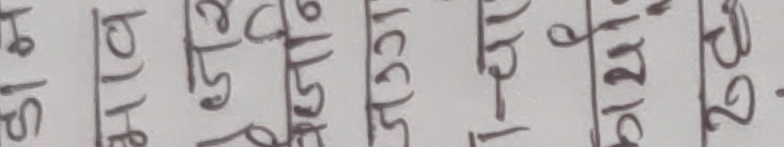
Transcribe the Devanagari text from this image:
१८९० ५०१३ १८५ १५४६ १६३३१ १२२४ २२-